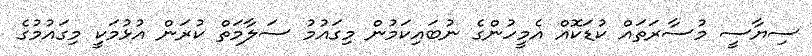
ސިޔާސީ މުސާރަތައް ކުޑަކޮއް އެމީހުންގެ ނުބައިކަމުން މިގައުމު ސަލާމަތް ކުރަން އުޅުމަކީ މިގައުމުގެ